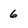
Character: 6